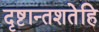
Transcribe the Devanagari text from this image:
दृष्टान्तशतेहि